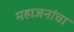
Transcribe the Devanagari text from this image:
महाजनांचा